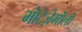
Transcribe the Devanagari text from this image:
मॊंटेज़ेमॊलॊ